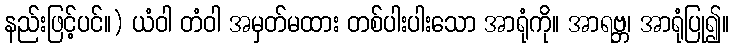
နည်းဖြင့်ပင်။) ယံဝါ တံဝါ အမှတ်မထား တစ်ပါးပါးသော အာရုံကို။ အာရဗ္ဘ၊ အာရုံပြု၍။